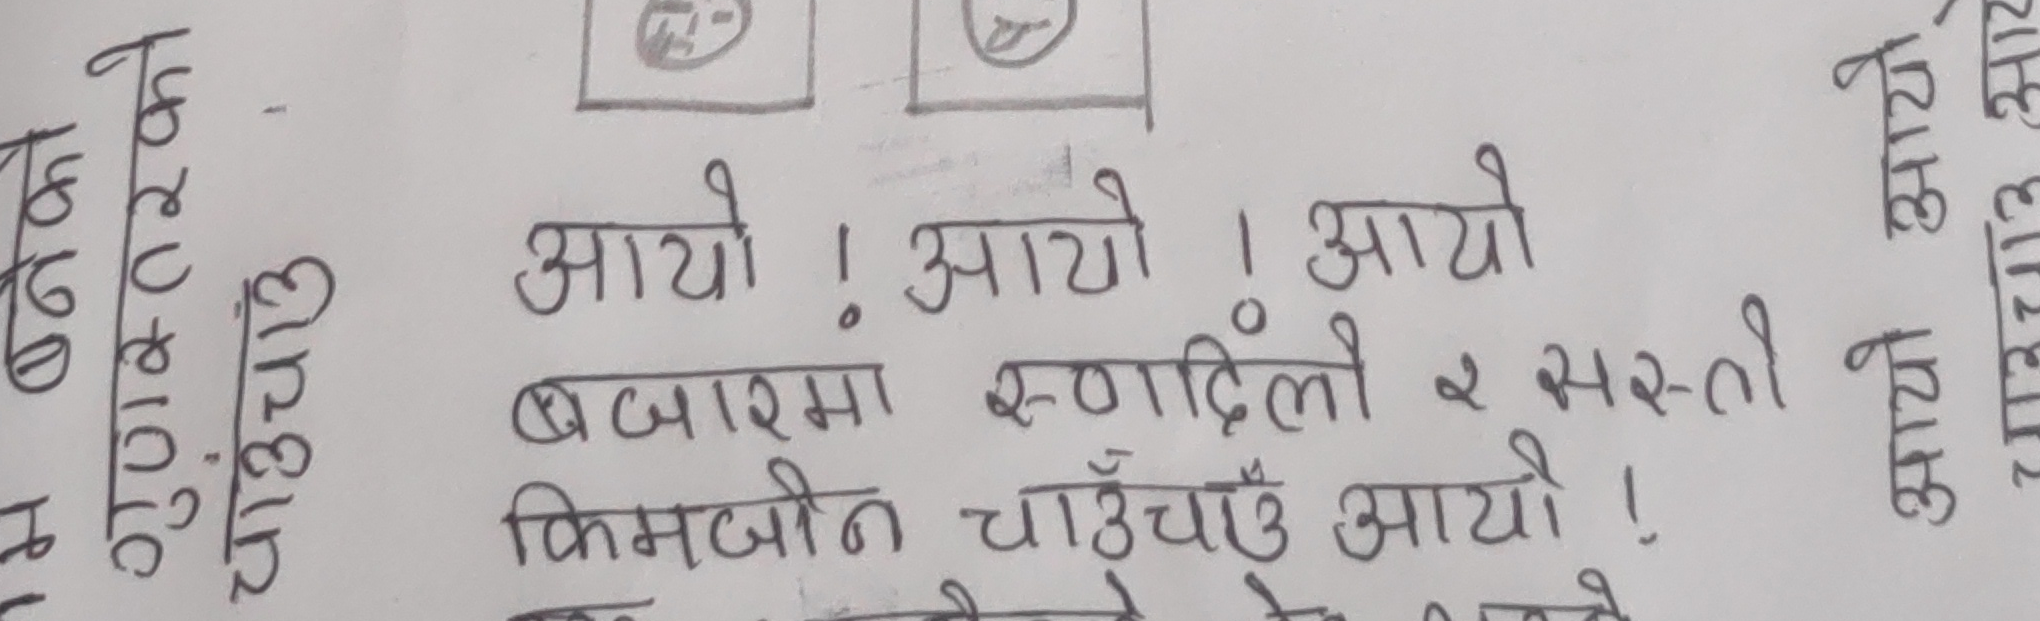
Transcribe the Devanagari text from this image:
आयो ! आयो ! आयो
बजारमा स्वादिली र सस्तो
किमजीन चाउचाउ आयो !